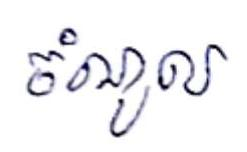
ចំណូល